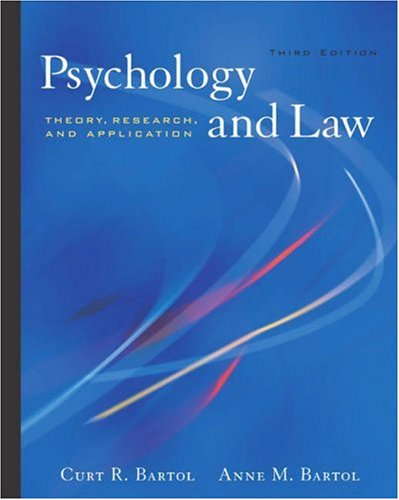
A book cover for Psychology and Law: Theory, Research, and Application (with InfoTracÃEÂ®); Curt R. Bartol; Law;